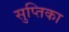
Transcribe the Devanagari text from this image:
सुप्तिका